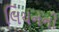
લિયનની